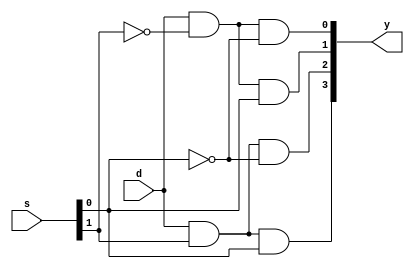
module dmux4(d, s, y);
input d;
input [1:0] s;
output [3:0] y;
assign y[0]=d&(~s[1])&(~s[0]);
assign y[1]=d&(~s[1])&(s[0]);
assign y[2]=d&(s[1])&(~s[0]);
assign y[3]=d&(s[1])&(s[0]);
endmodule
    
module testbench();
reg d;
reg [1:0]s;
wire [3:0]y;
dmux4 d1(d,s,y);
initial
begin
d=1;s=2'b00;
#10 d=1;s=2'b01;
#10 d=1;s=2'b10;
#10 d=1;s=2'b11;
#10 $finish;
end
endmodule